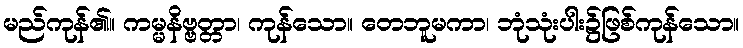
မည်ကုန်၏။ ကမ္မနိဗ္ဗတ္တာ၊ ကုန်သော။ တေဘူမကာ၊ ဘုံသုံးပါး၌ဖြစ်ကုန်သော။